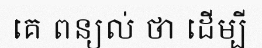
គេ ពន្យល់ ថា ដើម្បី